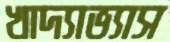
খাদ্যাভ্যাস